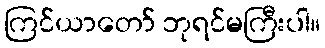
ကြင်ယာတော် ဘုရင်မကြီးပါ။